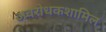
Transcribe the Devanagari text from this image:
अवरोधकशामिल